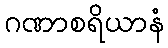
ဂဏာစရိယာနံ